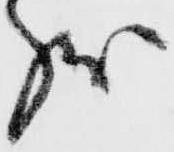
状